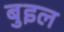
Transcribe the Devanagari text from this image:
बुइल